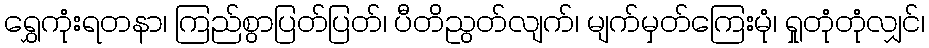
ရွှေကုံးရတနာ၊ ကြည်စွာပြတ်ပြတ်၊ ပီတိညွတ်လျက်၊ မျက်မှတ်ကြေးမုံ၊ ရှုတုံတုံလျှင်၊